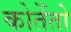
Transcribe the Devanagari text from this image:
कोतेंतो